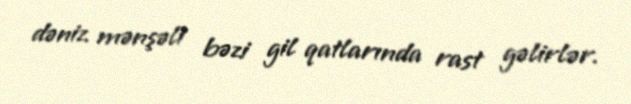
dəniz mənşəli bəzi gil qatlarında rast gəlirlər.